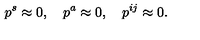
p ^ { s } \approx 0 , \quad p ^ { a } \approx 0 , \quad p ^ { i j } \approx 0 .